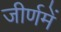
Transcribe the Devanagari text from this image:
जीर्णमें